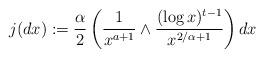
LaTeX: \begin{align*}j(dx) := \frac{\alpha}{2} \left( \frac{1}{x^{a + 1}} \wedge \frac{(\log x)^{t-1}}{x^{2/\alpha + 1}}\right)dx \end{align*}